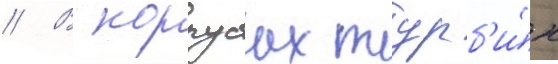
// В корпусах турб'и́н